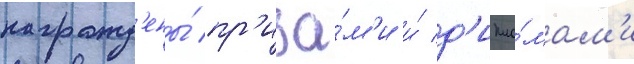
награжд'ены́ пр'иза́м'и и́ д'ипло́мам'и